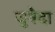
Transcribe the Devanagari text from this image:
जुवैदा